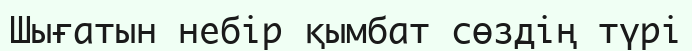
Шығатын небір қымбат сөздің түрі